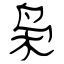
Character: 枭